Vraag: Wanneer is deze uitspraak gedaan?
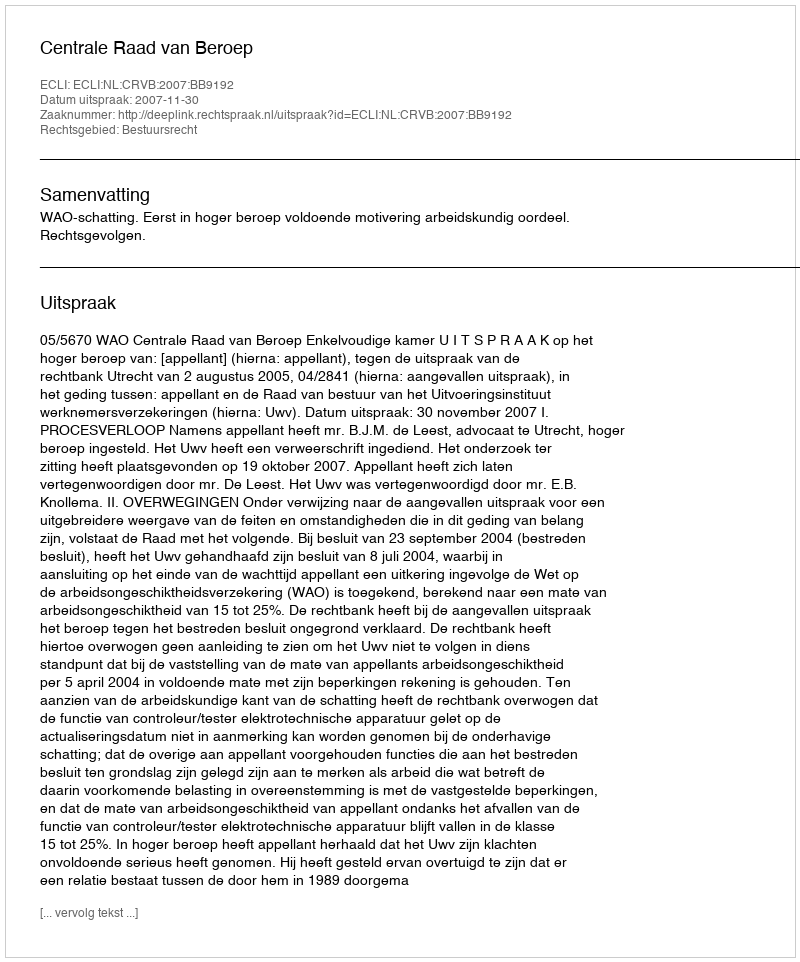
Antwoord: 2007-11-30